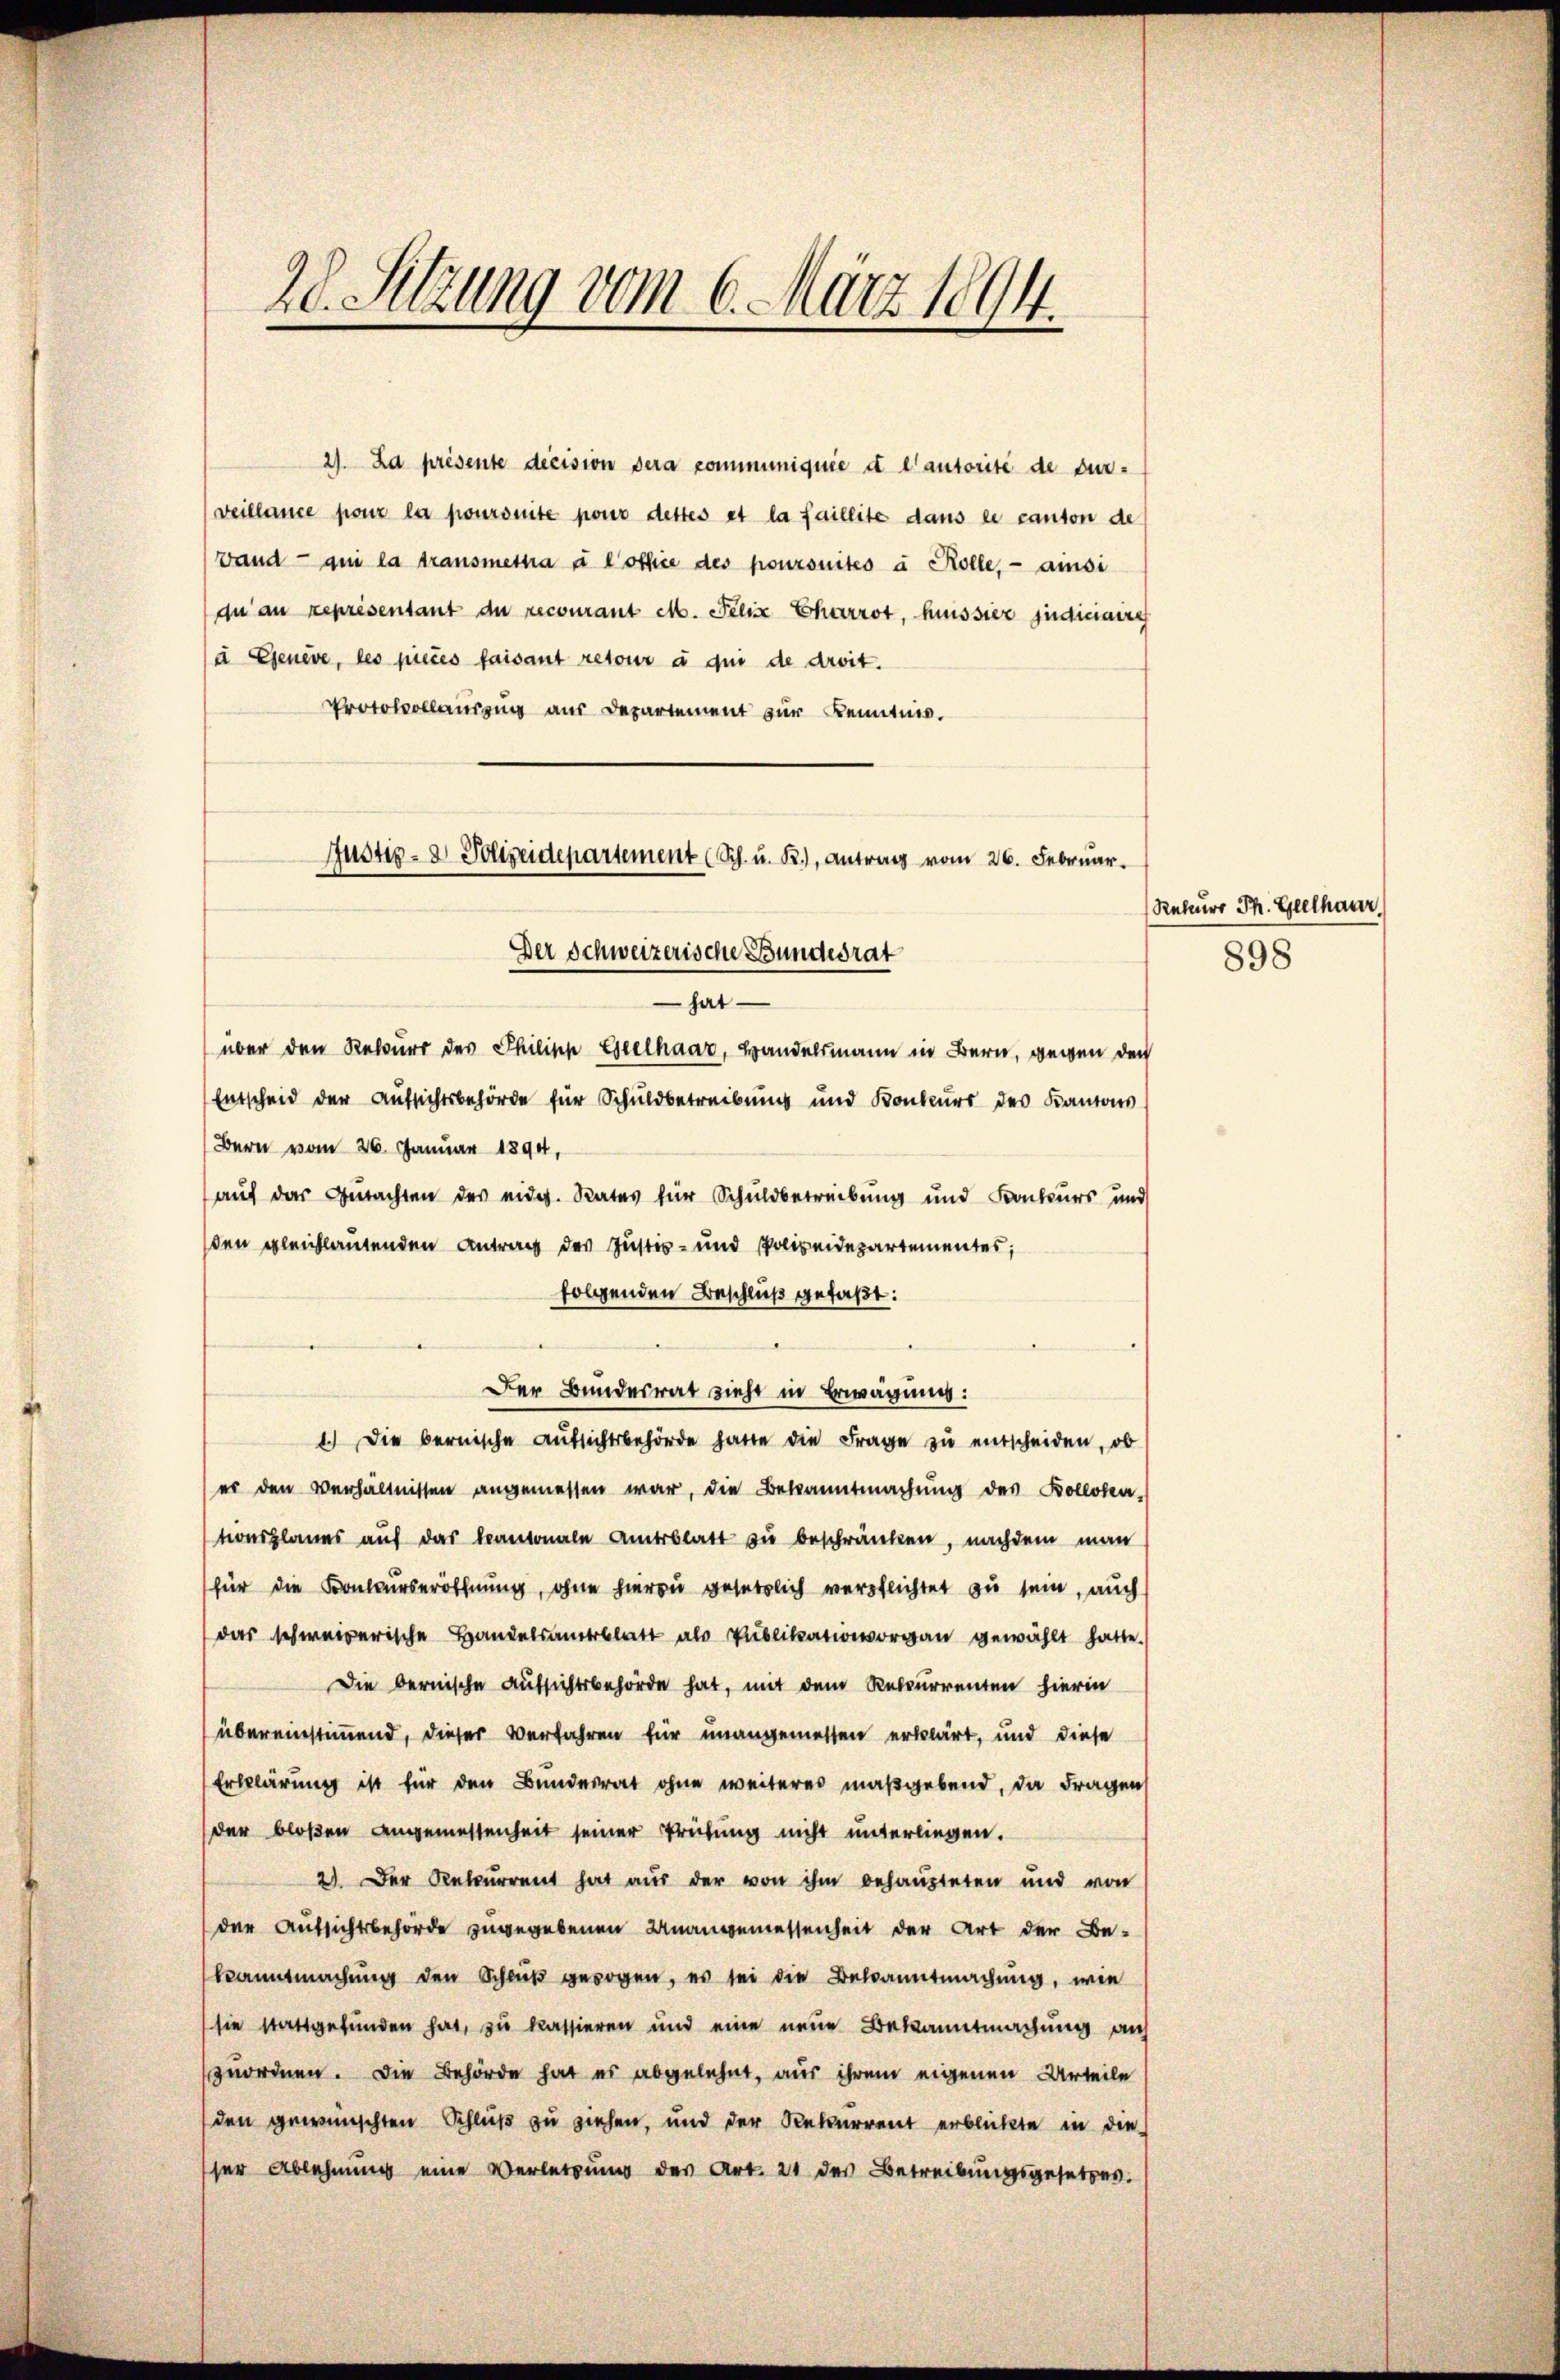
28. Sitzung vom 6. März 1894.

2). La présente decision dera communiquie d lautorité de durveillance pour la poursuite pour dettes et la faillite dans le canton de
wand qui la transmettra à l’othie des poursuites à Rolle, ainsi
du au représentant de recourant M. Felix Charrot, heissier judiciaire
à Genève, les pieces faisant retour à qui de droit.
Protokollauszug aus Departement zur Kenntnis.
Justiz- & Polizeidepartement (Sch. u. R., Antrag vom 26. Februar.
über den Rekurs der Philisch Geelhaar, Handelsmann in Bern, wegen den
Entscheid der Aufsichtsbehörde für Schuldbetreibung und Konkurs des Kantons
Bern vom 26. Januar 1894,
auf der Gutachten des eidg. Rates für Schuldbetreibung und Konkurs und
den gleichlautenden Antrag des Justiz- und Polizeidepartementes,
folgenden Beschluß gefaßt:
Der Bundesrat zieht in Erwägung:
1.) Die bernische Aŭfsichtsbehörde hatte die Frage zu entscheiden, ob
er den Verhältnissen angemessen war, die Bekanntmachŭng des Kollosen,
tionsplanes auf das kantonale Amtsblatt zu beschränken, nachdem man
für die Konkurseröffnung, ohne hierau gesetzlich verpflichtet zu sein, auch
das schweizerische Handelsamtsblatt als Publikanioworgan gewählt hatte.
Die bernische Aufsichtsbehörde hat, mit dem Rekurrenten hierin
übereinstimmend, dieser Verfahren für unangemessen erklärt, und diese
Erklärung ist für den Bundesrat ohne weiteres maßgebend, da Fragen
der bloßen Angemessenheit seiner Prüfung nicht unterliegen.
2). Der Rekŭrrent hat aŭs der von ihm behaŭpteten und von
der Aufsichtsbehörde zugegebenen Unangemessenheit der Art der Be-
kanntmachung den Schluß gezogen, es sei die Bekanntmachung, wie
sie stattgefunden hat, zu kassieren und eine neue Bekanntmachung auf
zuordnen. Die Behörde hat es abgelehnt, aus ihrem eigenen Urteile
den gewünschten Schluß zu ziehen, und der Rekurrent erblickte in die
ser Ablehnung eine Verletzung der Art. 21 des Betreibungsgesetzes.

Der Schweizerische Bundesrat
hat

Rekurs Th. Gellhaur

898